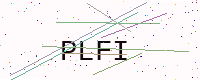
Text: PLFI